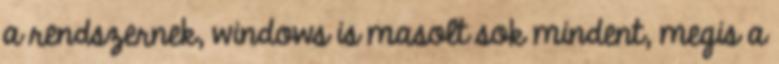
a rendszernek, windows is masolt sok mindent, megis a